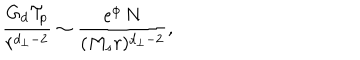
{ \frac { G _ { d } { \cal T } _ { p } } { r ^ { d _ { \perp } - 2 } } } \sim { \frac { e ^ { \phi } \, N } { ( M _ { s } r ) ^ { d _ { \perp } - 2 } } } ,